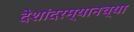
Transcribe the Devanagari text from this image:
देशांदरम्यानच्या